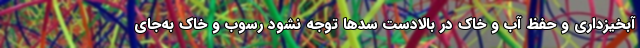
آبخیزداری و حفظ آب و خاک در بالادست سدها توجه نشود رسوب و خاک به‌جای